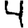
Digit: 4